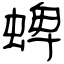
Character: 蜱